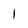
Character: l